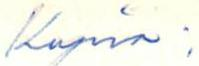
Kopio: